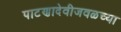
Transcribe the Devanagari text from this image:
पाटणादेवीजवळच्या